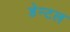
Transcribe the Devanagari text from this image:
डेन्टल